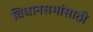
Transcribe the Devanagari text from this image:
विधानसभांसाठी